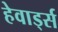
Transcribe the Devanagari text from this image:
हेवार्ड्स